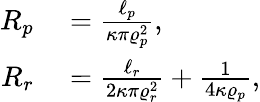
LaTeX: \begin{array}{rl}{R_{p}}&{{}=\frac{\ell_{p}}{\kappa\pi\varrho_{p}^{2}},}\\ {R_{r}}&{{}=\frac{\ell_{r}}{2\kappa\pi\varrho_{r}^{2}}+\frac{1}{4\kappa\varrho_{p}},}\end{array}